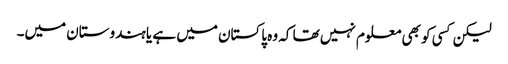
لیکن کسی کو بھی معلوم نہیں تھا کہ وہ پاکستان میں ہے یا ہندوستان میں۔